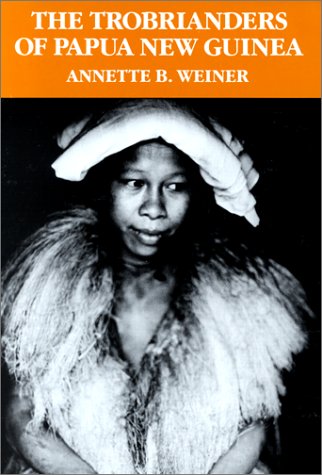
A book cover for The Trobrianders of Papua New Guinea (Case Studies in Cultural Anthropology); Annette B. Weiner; Science & Math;